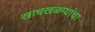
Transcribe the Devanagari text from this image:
खाचखळग्यांचा